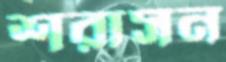
শরাসন